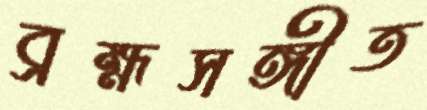
ব্রহ্মসঙ্গীত